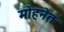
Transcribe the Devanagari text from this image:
मोहनेत